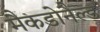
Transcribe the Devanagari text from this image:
मैकडोनैल्ड